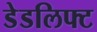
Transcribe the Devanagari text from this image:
डेडलिफ्ट